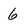
Character: 6